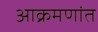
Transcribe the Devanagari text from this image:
आक्रमणांत